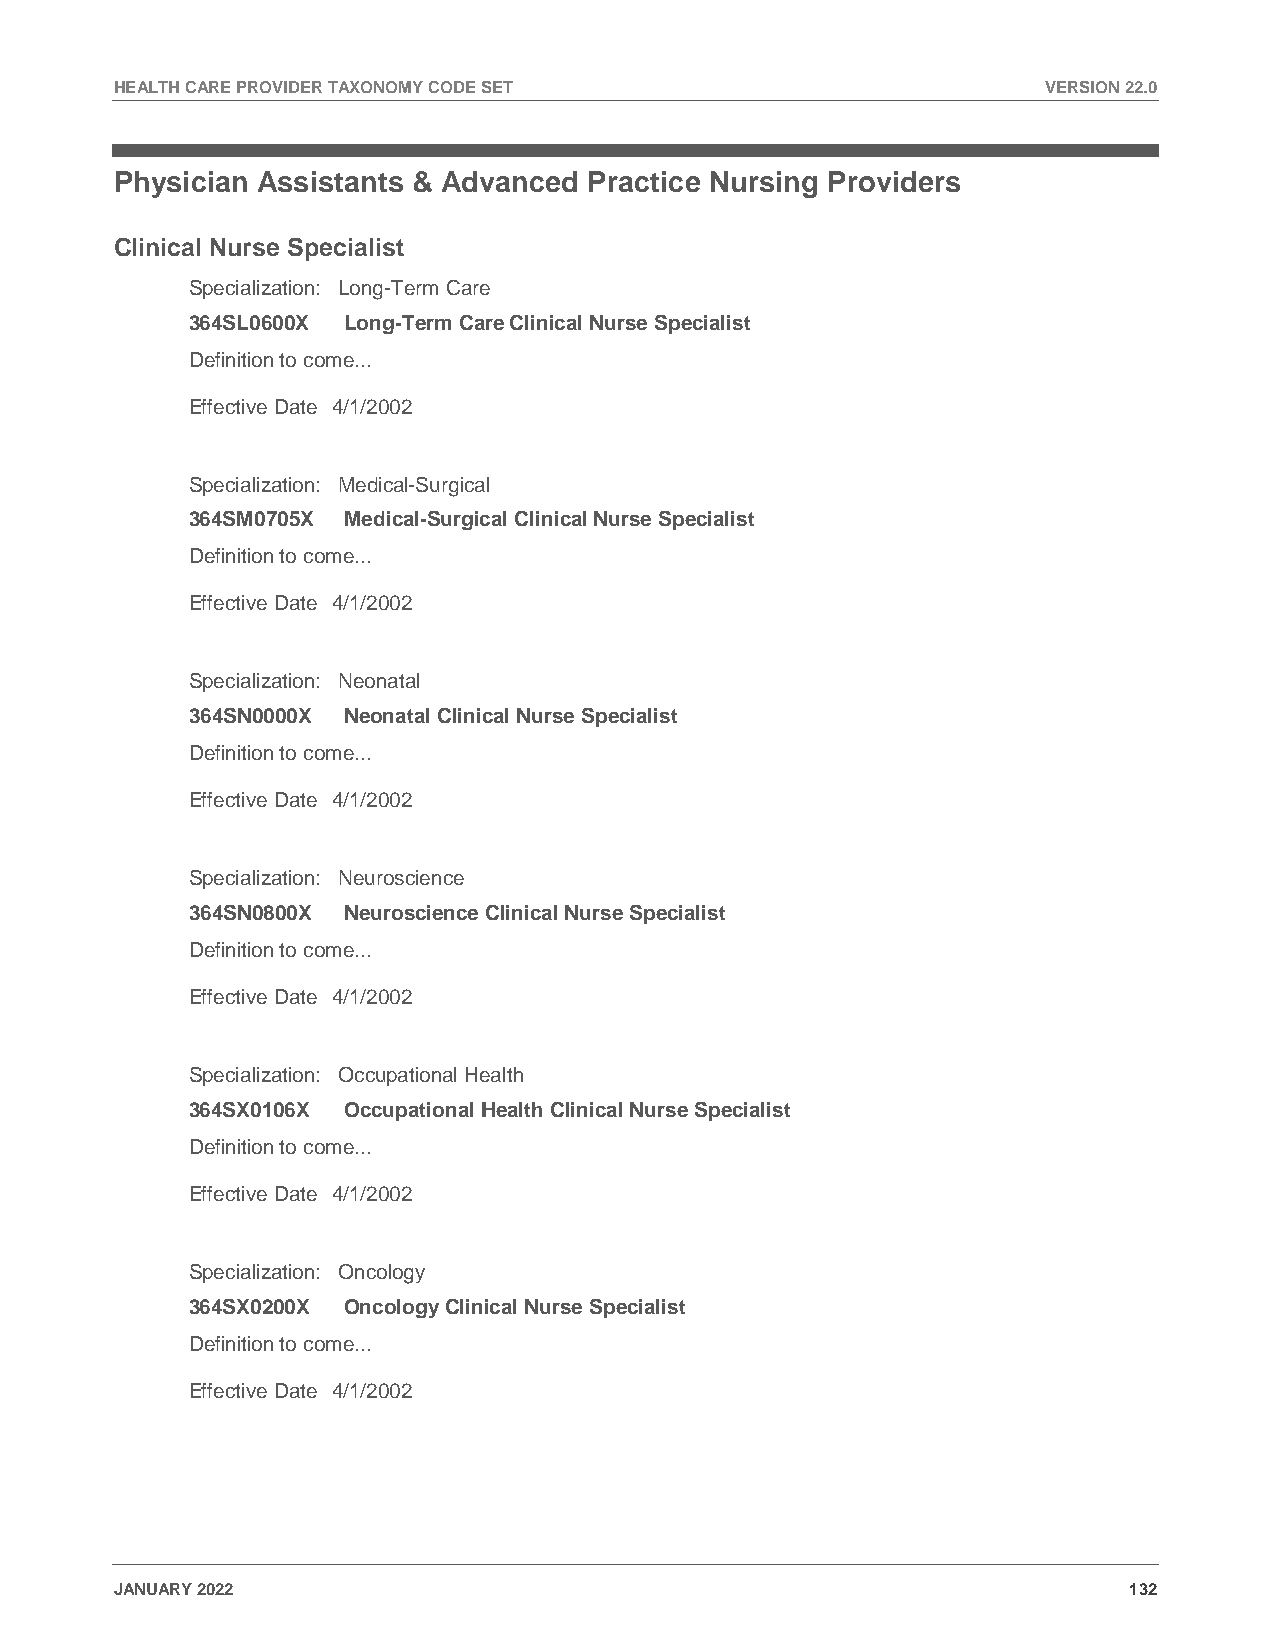
HEALTH CARE PROVIDER TAXONOMY CODE SET                       VERSION 22.0
 Physician Assistants & Advanced Practice Nursing Providers
 Clinical Nurse Specialist
 Specialization: Long-Term Care
 364SL0600X Long-Term Care Clinical Nurse Specialist
 Definition to come...
 Effective Date 4/1/2002
 Specialization: Medical-Surgical
 364SM0705X Medical-Surgical Clinical Nurse Specialist
 Definition to come...
 Effective Date 4/1/2002
 Specialization: Neonatal
 364SN0000X Neonatal Clinical Nurse Specialist
 Definition to come...
 Effective Date 4/1/2002
 Specialization: Neuroscience
 364SN0800X Neuroscience Clinical Nurse Specialist
 Definition to come...
 Effective Date 4/1/2002
 Specialization: Occupational Health
 364SX0106X Occupational Health Clinical Nurse Specialist
 Definition to come...
 Effective Date 4/1/2002
 Specialization: Oncology
 364SX0200X Oncology Clinical Nurse Specialist
 Definition to come...
 Effective Date 4/1/2002
 JANUARY 2022                                                       132